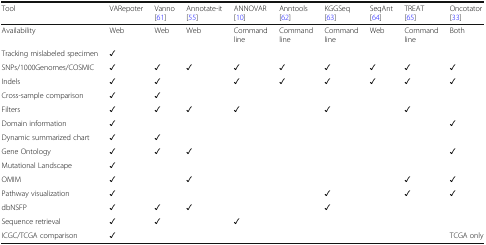
| Tool | VARepoter | Vanno [61] | Annotate-it [55] | ANNOVAR [10] | Anntools [62] | KGGSeq [63] | SeqAnt [64] | TREAT [65] | Oncotator [33] |
 | --- | --- | --- | --- | --- | --- | --- | --- | --- | --- |
 | Availability | Web | Web | Web | Command line | Command line | Command line | Web | Command line | Both |
 | Tracking mislabeled specimen | ✓ |  |  |  |  |  |  |  |  |
 | SNPs/1000Genomes/COSMIC | ✓ | ✓ | ✓ | ✓ | ✓ | ✓ | ✓ | ✓ | ✓ |
 | Indels | ✓ | ✓ |  | ✓ | ✓ | ✓ | ✓ | ✓ | ✓ |
 | Cross-sample comparison | ✓ | ✓ |  |  |  |  |  |  |  |
 | Filters | ✓ | ✓ | ✓ | ✓ |  | ✓ |  | ✓ |  |
 | Domain information | ✓ |  |  |  |  |  |  |  | ✓ |
 | Dynamic summarized chart | ✓ | ✓ |  |  |  |  |  |  |  |
 | Gene Ontology | ✓ | ✓ | ✓ |  |  |  |  |  | ✓ |
 | Mutational Landscape | ✓ |  |  |  |  |  |  |  |  |
 | OMIM | ✓ |  | ✓ |  |  |  |  | ✓ | ✓ |
 | Pathway visualization | ✓ |  |  |  |  | ✓ |  | ✓ | ✓ |
 | dbNSFP | ✓ | ✓ | ✓ |  |  | ✓ |  |  |  |
 | Sequence retrieval | ✓ | ✓ |  | ✓ |  |  |  |  |  |
 | ICGC/TCGA comparison | ✓ |  |  |  |  |  |  |  | TCGA only |